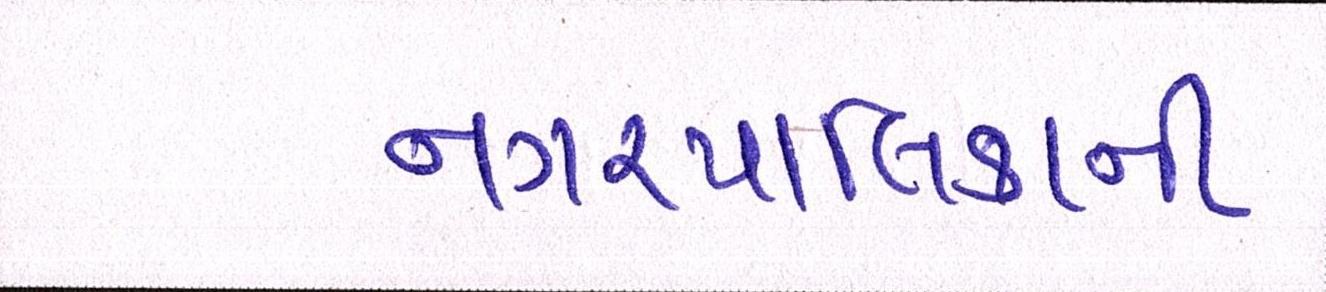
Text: નગરપાલિકાની